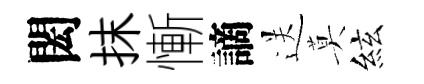
閎抹慚謫送莫絃